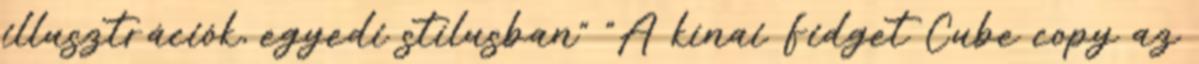
illusztrációk, egyedi stílusban" "A kínai Fidget Cube copy az